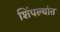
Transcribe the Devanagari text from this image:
शिंपल्यांत